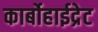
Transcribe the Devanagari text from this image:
कार्बोहाईद्रेट